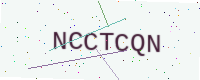
Text: NCCTCQN